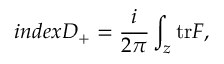
i n d e x D _ { + } = \frac { i } { 2 \pi } \int _ { z } \mathrm { t r } { \cal F } ,